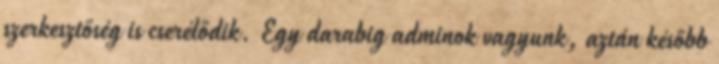
szerkesztőség is cserélődik. Egy darabig adminok vagyunk, aztán később